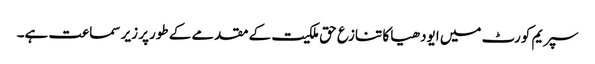
سپریم کورٹ میں ایودھیا کا تنازع حق ملکیت کے مقدمے کے طورپر زیر سماعت ہے۔